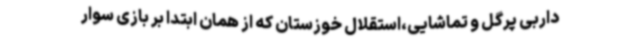
داربی پرگل و تماشایی،استقلال خوزستان که از همان ابتدا بر بازی سوار